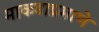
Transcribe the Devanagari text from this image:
माकडाप्रमाणे